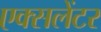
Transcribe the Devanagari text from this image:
एक्सलेंटर